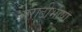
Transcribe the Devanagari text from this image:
मराठीभाषा